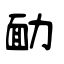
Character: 勔